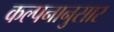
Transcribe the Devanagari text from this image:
कल्पनानुसार